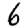
Digit: 6